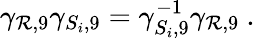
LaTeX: \gamma_{\mathcal{R},9}\gamma_{S_{i},9}=\gamma_{S_{i},9}^{-1}\gamma_{\mathcal{R},9}~.